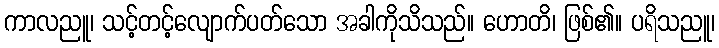
ကာလညူ၊ သင့်တင့်လျောက်ပတ်သော အခါကိုသိသည်။ ဟောတိ၊ ဖြစ်၏။ ပရိသညူ၊